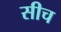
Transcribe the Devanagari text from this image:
सीच